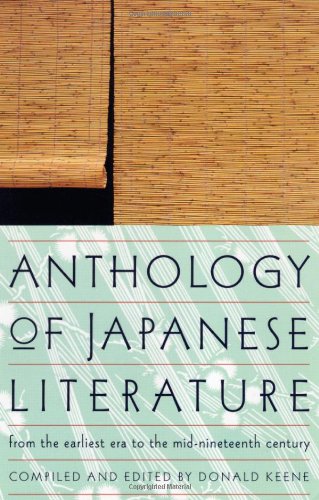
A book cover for Anthology of Japanese Literature: From the Earliest Era to the Mid-Nineteenth Century (UNESCO Collection of Representative Works: European); Literature & Fiction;